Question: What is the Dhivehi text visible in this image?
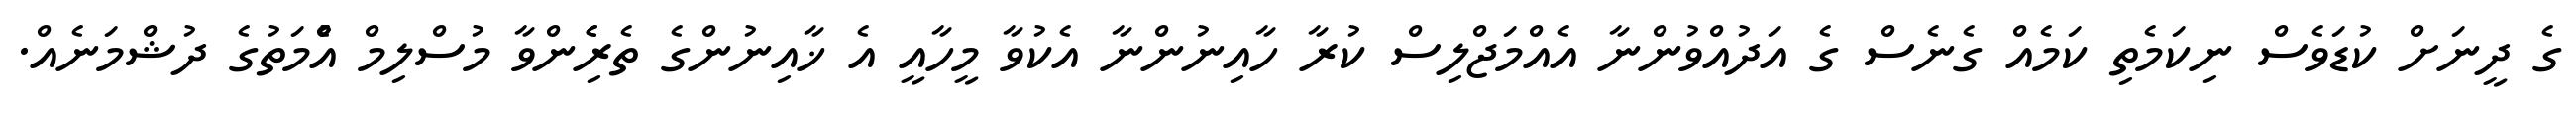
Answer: ގެ ދީނަށް ކުޑަވެސް ނިކަމެތި ކަމެއް ގެނެސް ގެ އަދުއްވުންނާ އެއްމަޖްލިސް ކުރާ ހާއިނުންނާ އެކުވާ މީހާއީ އެ ޚާއިނުންގެ ތެރެެިންވާ މުސްލިމް އުެްމަތުގެ ދުޝްމަނެއް.